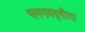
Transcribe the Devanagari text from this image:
भगगवद्गीता